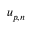
u _ { p , n }